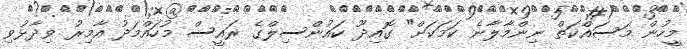
މީހުން މަސައްކަތް ނިންމާލާނެ ކަމަކަށް" ގޮއިދޫ ކައުންސިލްގެ ރައީސް މުހައްމަދު އާމިރު ވިދާޅުވި